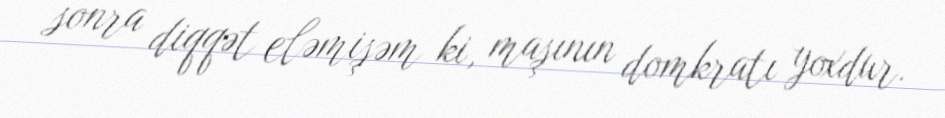
sonra diqqət eləmişəm ki, maşının domkratı yoxdur.